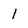
Character: l